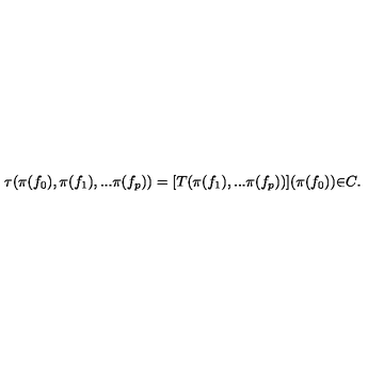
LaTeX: { \tau } ( { \pi } ( f _ { 0 } ) , { \pi } ( f _ { 1 } ) , . . . { \pi } ( f _ { p } ) ) = [ T ( { \pi } ( f _ { 1 } ) , . . . { \pi } ( f _ { p } ) ) ] ( { \pi } ( f _ { 0 } ) ) { \in } C .